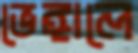
ভেঙ্গালে